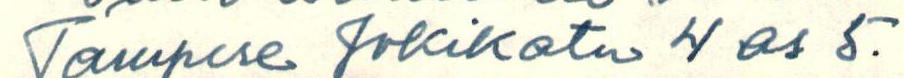
Tampere Jokikatu 4 as 5.